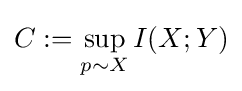
C:=\sup _{p\sim X}I(X;Y)